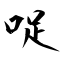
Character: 哫